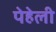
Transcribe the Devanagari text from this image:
पेहेली